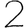
Digit: 2